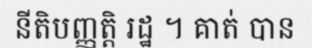
នីតិបញ្ញត្តិ រដ្ឋ ។ គាត់ បាន